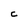
Character: c